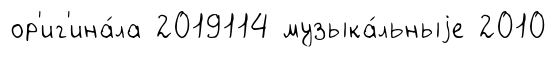
ор'иг'ина́ла 2019114 музыка́льныjе 2010